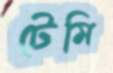
টেমি